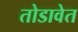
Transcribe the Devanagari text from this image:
तोडावेत